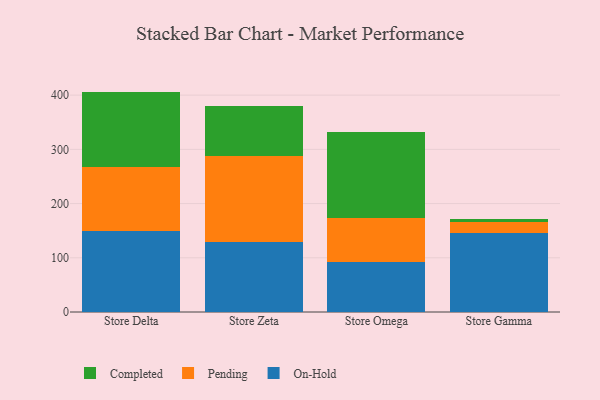
{"axis": {"x": "Store", "y": "Active Users"}, "legend": ["Completed", "On-Hold", "Pending"], "data": [{"x": "Store Delta", "y": 150.3, "type": "On-Hold"}, {"x": "Store Delta", "y": 117.7, "type": "Pending"}, {"x": "Store Delta", "y": 138.5, "type": "Completed"}, {"x": "Store Zeta", "y": 129.8, "type": "On-Hold"}, {"x": "Store Zeta", "y": 158.3, "type": "Pending"}, {"x": "Store Zeta", "y": 92.2, "type": "Completed"}, {"x": "Store Omega", "y": 91.5, "type": "On-Hold"}, {"x": "Store Omega", "y": 81.3, "type": "Pending"}, {"x": "Store Omega", "y": 160.1, "type": "Completed"}, {"x": "Store Gamma", "y": 145.9, "type": "On-Hold"}, {"x": "Store Gamma", "y": 20.0, "type": "Pending"}, {"x": "Store Gamma", "y": 5.6, "type": "Completed"}]}